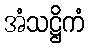
အံသဋ္ဌိကံ